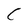
Character: C